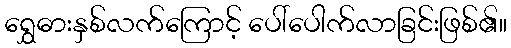
ရွှေဓားနှစ်လက်ကြောင့် ပေါ်ပေါက်လာခြင်းဖြစ်၏။